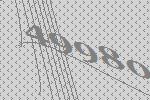
49980